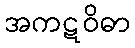
အကဋဝိဓာ